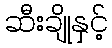
ဆီးချိုနှင့်